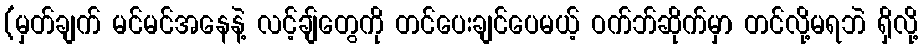
(မှတ်ချက် မင်မင်အနေနဲ့ လင့်ချ်တွေကို တင်ပေးချင်ပေမယ့် ဝက်ဘ်ဆိုက်မှာ တင်လို့မရဘဲ ရှိလို့